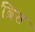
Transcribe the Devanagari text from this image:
ब्रित